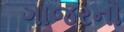
ગાજરનો